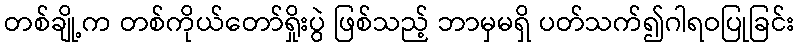
တစ်ချို့က တစ်ကိုယ်တော်ရှိုးပွဲ ဖြစ်သည့် ဘာမှမရှိ ပတ်သက်၍ဂါရဝပြုခြင်း